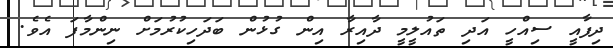
ދިފާއީ ސިއްހީ އަދި ތައުލީމީ ދާއިރާ އިން ގުޅުން ބަދަހިކުރުމަށް ނިންމާފަ އެވެ.